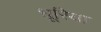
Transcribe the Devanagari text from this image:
धूरिया